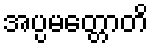
အပ္ပမတ္တောတိ